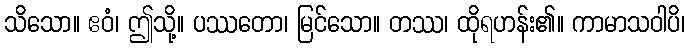
သိသော။ ဧဝံ၊ ဤသို့။ ပဿတော၊ မြင်သော။ တဿ၊ ထိုရဟန်း၏။ ကာမာသဝါပိ၊